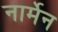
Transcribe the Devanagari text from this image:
नार्मेन